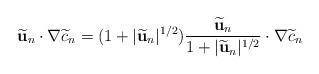
LaTeX: \begin{align*}\widetilde{\mathbf{u}}_n\cdot\nabla\widetilde{c}_n=(1+|\widetilde{\mathbf{u}}_n|^{1/2})\frac{\widetilde{\mathbf{u}}_n}{1+|\widetilde{\mathbf{u}}_n|^{1/2}}\cdot\nabla\widetilde{c}_n\end{align*}